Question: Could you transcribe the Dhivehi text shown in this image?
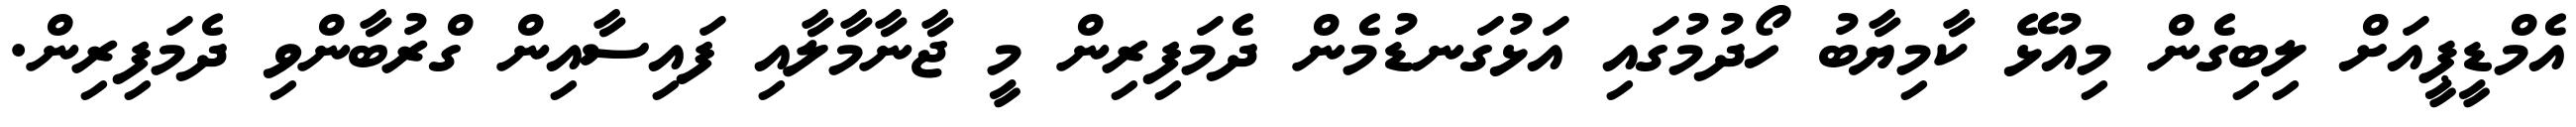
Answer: އެމްޑީޕީއަށް ލިބިގެން މިއުޅޭ ކާމިޔާބު ހޯދުމުގައި އަޅުގަނޑުމެން ދެމަފިރިން މީ ޖާނާމާލާއި ފައިސާއިން ގްރުބާންވި ދެމަފިރިން.